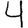
Digit: 4